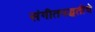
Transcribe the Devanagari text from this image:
संगीतपद्धतीचे